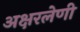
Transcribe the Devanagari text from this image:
अक्षरलेणी